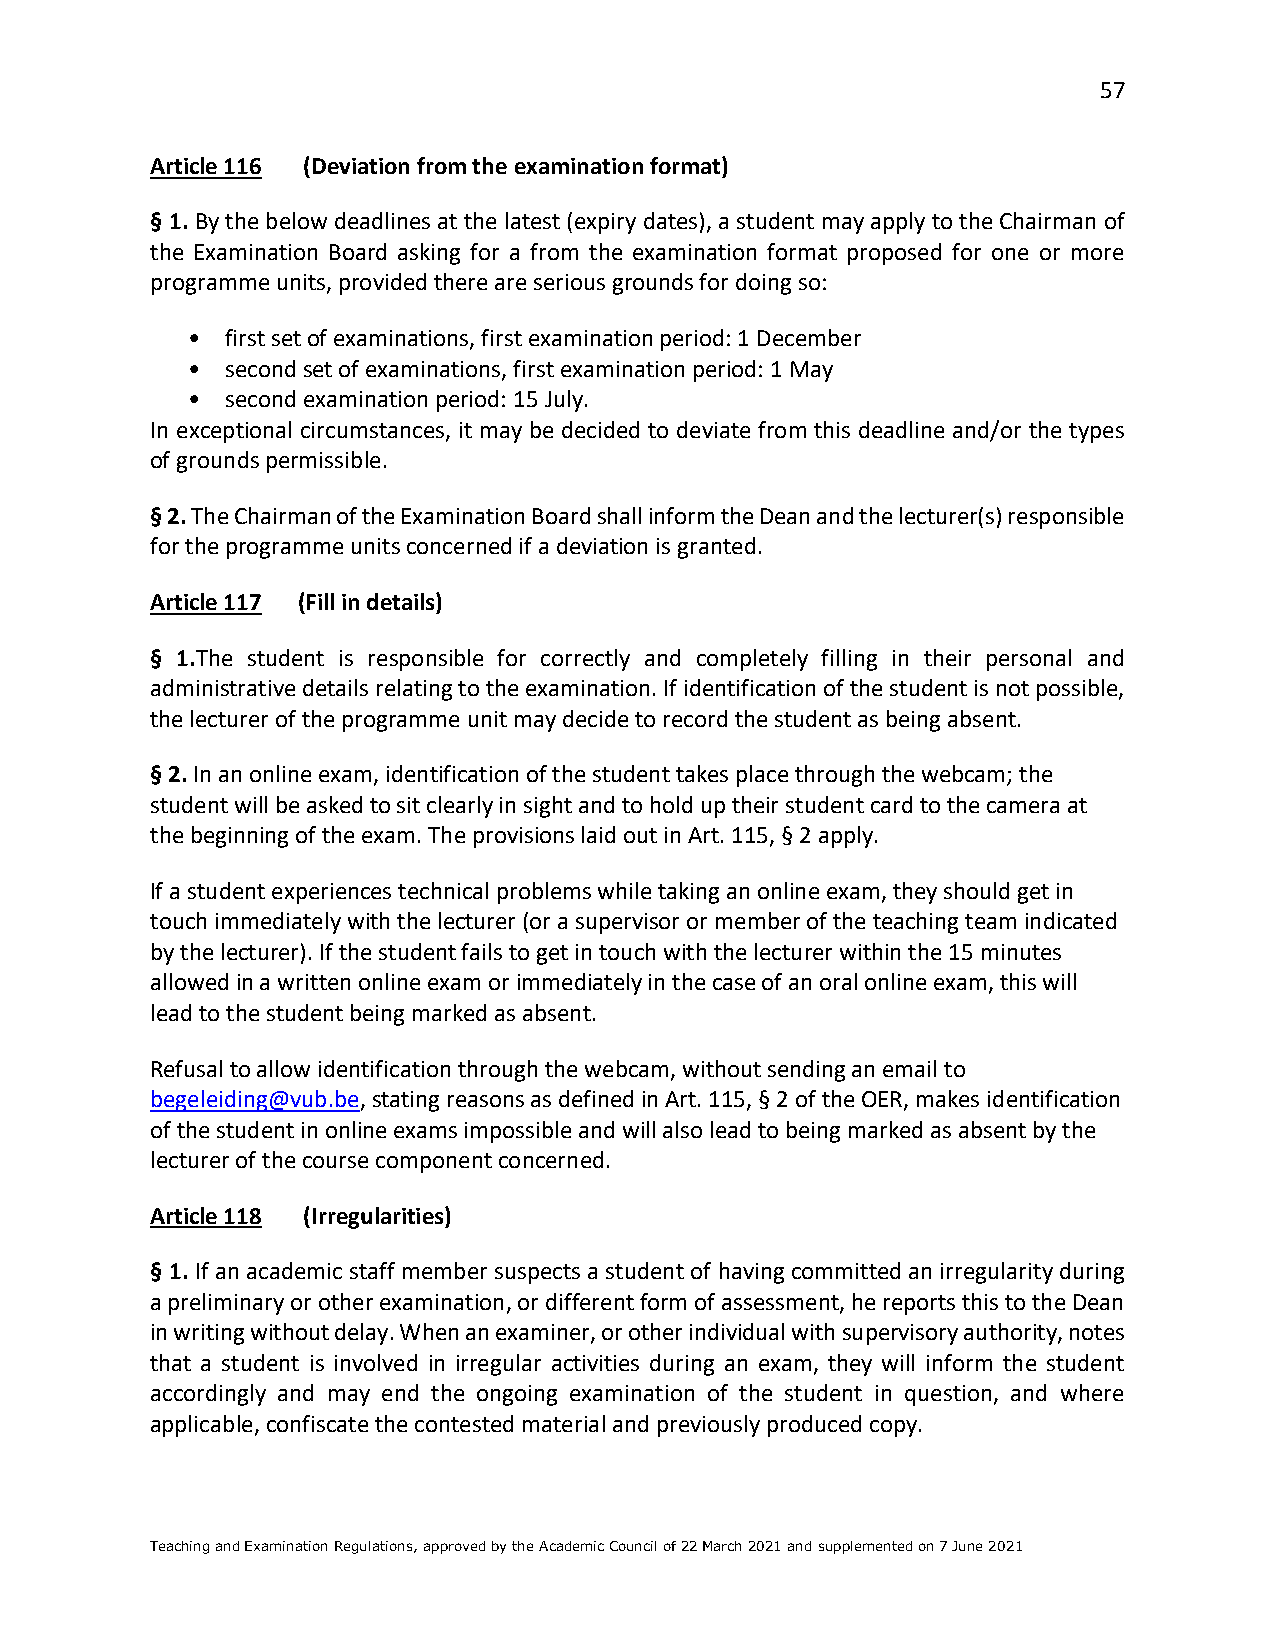
57
 Article 116 (Deviation from the examination format)
 § 1. By the below deadlines at the latest (expiry dates), a student may apply to the Chairman of
 the Examination Board asking for a from the examination format proposed for one or more
 programme units, provided there are serious grounds for doing so:
 •  first set of examinations, first examination period: 1 December
 •  second set of examinations, first examination period: 1 May
 •  second examination period: 15 July.
 In exceptional circumstances, it may be decided to deviate from this deadline and/or the types
 of grounds permissible.
 § 2. The Chairman of the Examination Board shall inform the Dean and the lecturer(s) responsible
 for the programme units concerned if a deviation is granted.
 Article 117 (Fill in details)
 § 1.The student is responsible for correctly and completely filling in their personal and
 administrative details relating to the examination. If identification of the student is not possible,
 the lecturer of the programme unit may decide to record the student as being absent.
 § 2. In an online exam, identification of the student takes place through the webcam; the
 student will be asked to sit clearly in sight and to hold up their student card to the camera at
 the beginning of the exam. The provisions laid out in Art. 115, § 2 apply.
 If a student experiences technical problems while taking an online exam, they should get in
 touch immediately with the lecturer (or a supervisor or member of the teaching team indicated
 by the lecturer). If the student fails to get in touch with the lecturer within the 15 minutes
 allowed in a written online exam or immediately in the case of an oral online exam, this will
 lead to the student being marked as absent.
 Refusal to allow identification through the webcam, without sending an email to
 begeleiding@vub.be, stating reasons as defined in Art. 115, § 2 of the OER, makes identification
 of the student in online exams impossible and will also lead to being marked as absent by the
 lecturer of the course component concerned.
 Article 118 (Irregularities)
 § 1. If an academic staff member suspects a student of having committed an irregularity during
 a preliminary or other examination, or different form of assessment, he reports this to the Dean
 in writing without delay. When an examiner, or other individual with supervisory authority, notes
 that a student is involved in irregular activities during an exam, they will inform the student
 accordingly and may end the ongoing examination of the student in question, and where
 applicable, confiscate the contested material and previously produced copy.
 Teaching and Examination Regulations, approved by the Academic Council of 22 March 2021 and supplemented on 7 June 2021